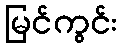
မြင်ကွင်း